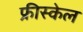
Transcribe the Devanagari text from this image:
फ्रीस्केल